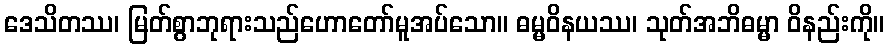
ဒေသိတဿ၊ မြတ်စွာဘုရားသည်ဟောတော်မူအပ်သော။ ဓမ္မဝိနယဿ၊ သုတ်အဘိဓမ္မာ ဝိနည်းကို။